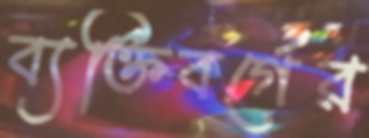
ব্যক্তিবর্গের